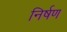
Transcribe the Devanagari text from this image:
निर्षण